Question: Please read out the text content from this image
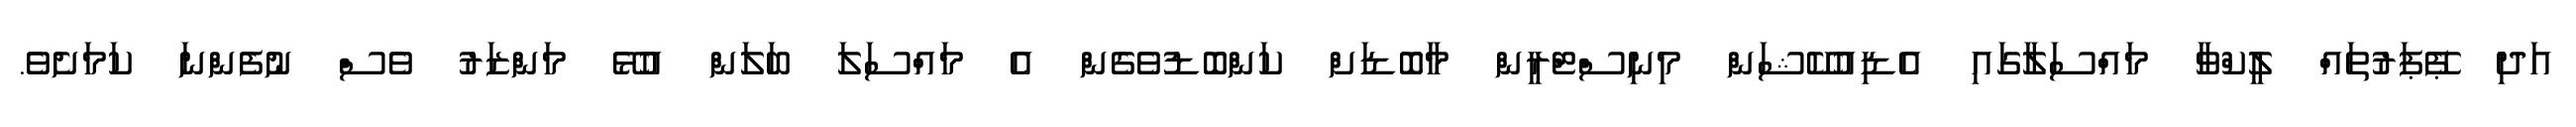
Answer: އަދި ޕޭޕަރުތައް ލީކްވާ މައްސަލާގައި އެޑިއުކޭޝަން މިނިސްޓްރީން މާބޮޑަށް ކަންބޮޑުވެގެން އެ މައްސަލަ ބަލަން އުޅޭ މަންޒަރު ވެސް ނުފެންނަ ކަމަށެވެ.